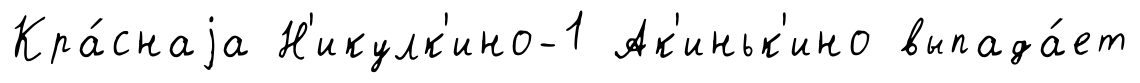
Кра́снаjа Н'икулк'ино-1 Ак'иньк'ино выпада́ет